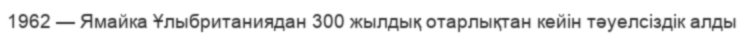
1962 — Ямайка Ұлыбританиядан 300 жылдық отарлықтан кейін тәуелсіздік алды